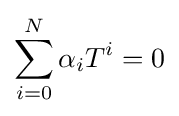
\sum _{i=0}^{N}\alpha _{i}T^{i}=0